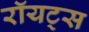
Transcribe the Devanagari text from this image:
रॉयट्स